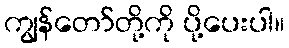
ကျွန်တော်တို့ကို ပို့ပေးပါ။